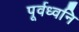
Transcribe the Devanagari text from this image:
पूर्वध्वनि